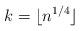
LaTeX: \begin{align*}k=\lfloor n^{1/4} \rfloor\end{align*}